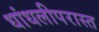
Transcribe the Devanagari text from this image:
धांधलीपरास्त